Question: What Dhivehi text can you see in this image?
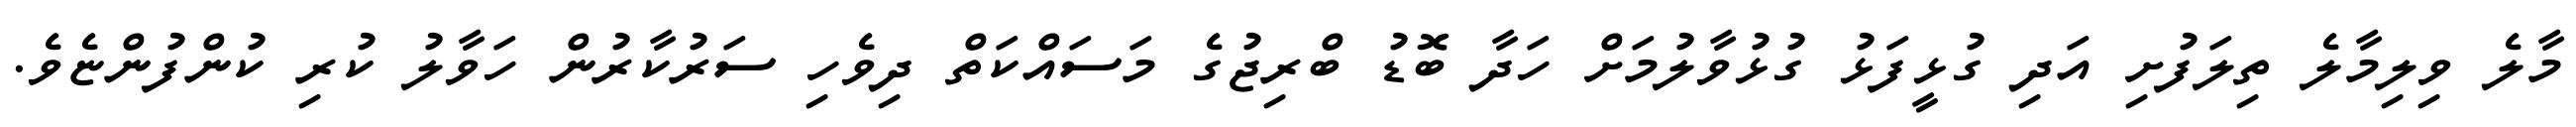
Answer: މާލެ ވިލިމާލެ ތިލަފުށި އަދި ގުޅީފަޅު ގުޅުވާލުމަށް ހަދާ ބޮޑު ބްރިޖުގެ މަސައްކަތް ދިވެހި ސަރުކާރުން ހަވާލު ކުރި ކުންފުންޏެވެ.